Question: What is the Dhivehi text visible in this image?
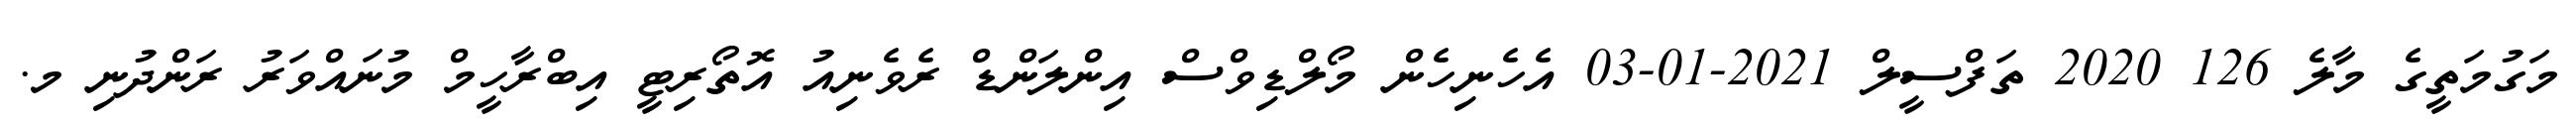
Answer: މަގުމަތީގެ މާލެ 126 2020 ތަފްސީލް 2021-01-03 އެހެނިހެން މޯލްޑިވްސް އިންލަންޑް ރެވެނިއު އޮތޯރިޓީ އިބްރާހީމް މުނައްވަރު ރަންދުނި މ.